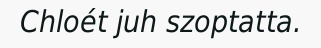
Chloét juh szoptatta.